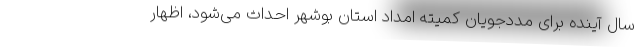
سال آینده برای مددجویان کمیته امداد استان بوشهر احداث می‌شود، اظهار